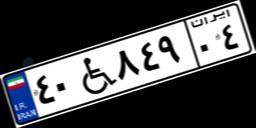
۱۵W۹۲۱۵۸